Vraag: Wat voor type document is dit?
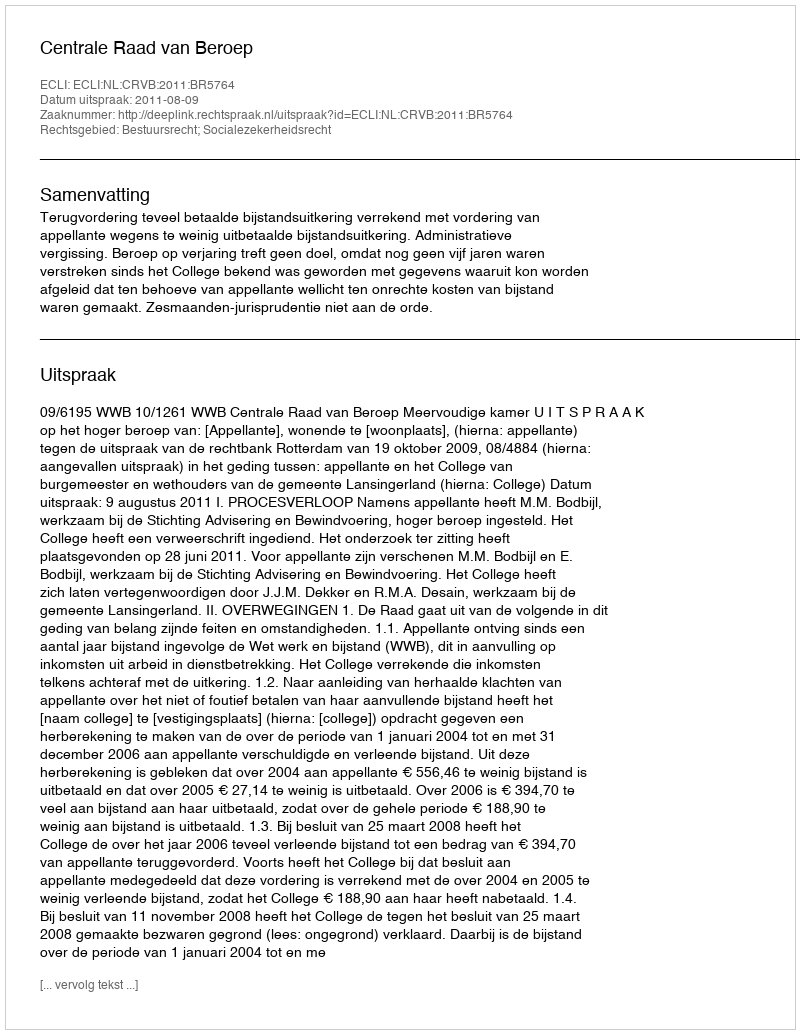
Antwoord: Uitspraak